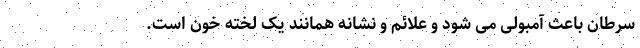
سرطان باعث آمبولی می شود و علائم و نشانه همانند یک لخته خون است.